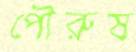
পৌরুষ